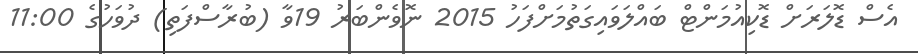
އެސް ޑޮލަރަށް ޑޮކިއުމަންޓް ބައްލަވައިގަތުމަށްފަހު 2015 ނޮވެންބަރު 19ވާ (ބުރާސްފަތި) ދުވަހުގެ 11:00